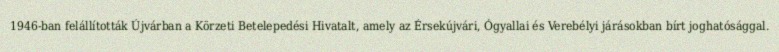
1946-ban felállították Újvárban a Körzeti Betelepedési Hivatalt, amely az Érsekújvári, Ógyallai és Verebélyi járásokban bírt joghatósággal.